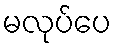
မလုပ်ပေ